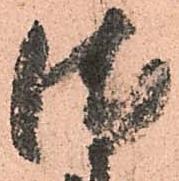
徳